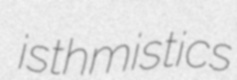
isthmistics